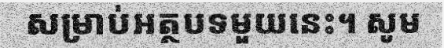
សម្រាប់អត្ថបទមួយនេះ។ សូម